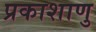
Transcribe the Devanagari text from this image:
प्रकाशाणु